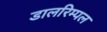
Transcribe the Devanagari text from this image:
डालरिम्पल